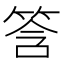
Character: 筨